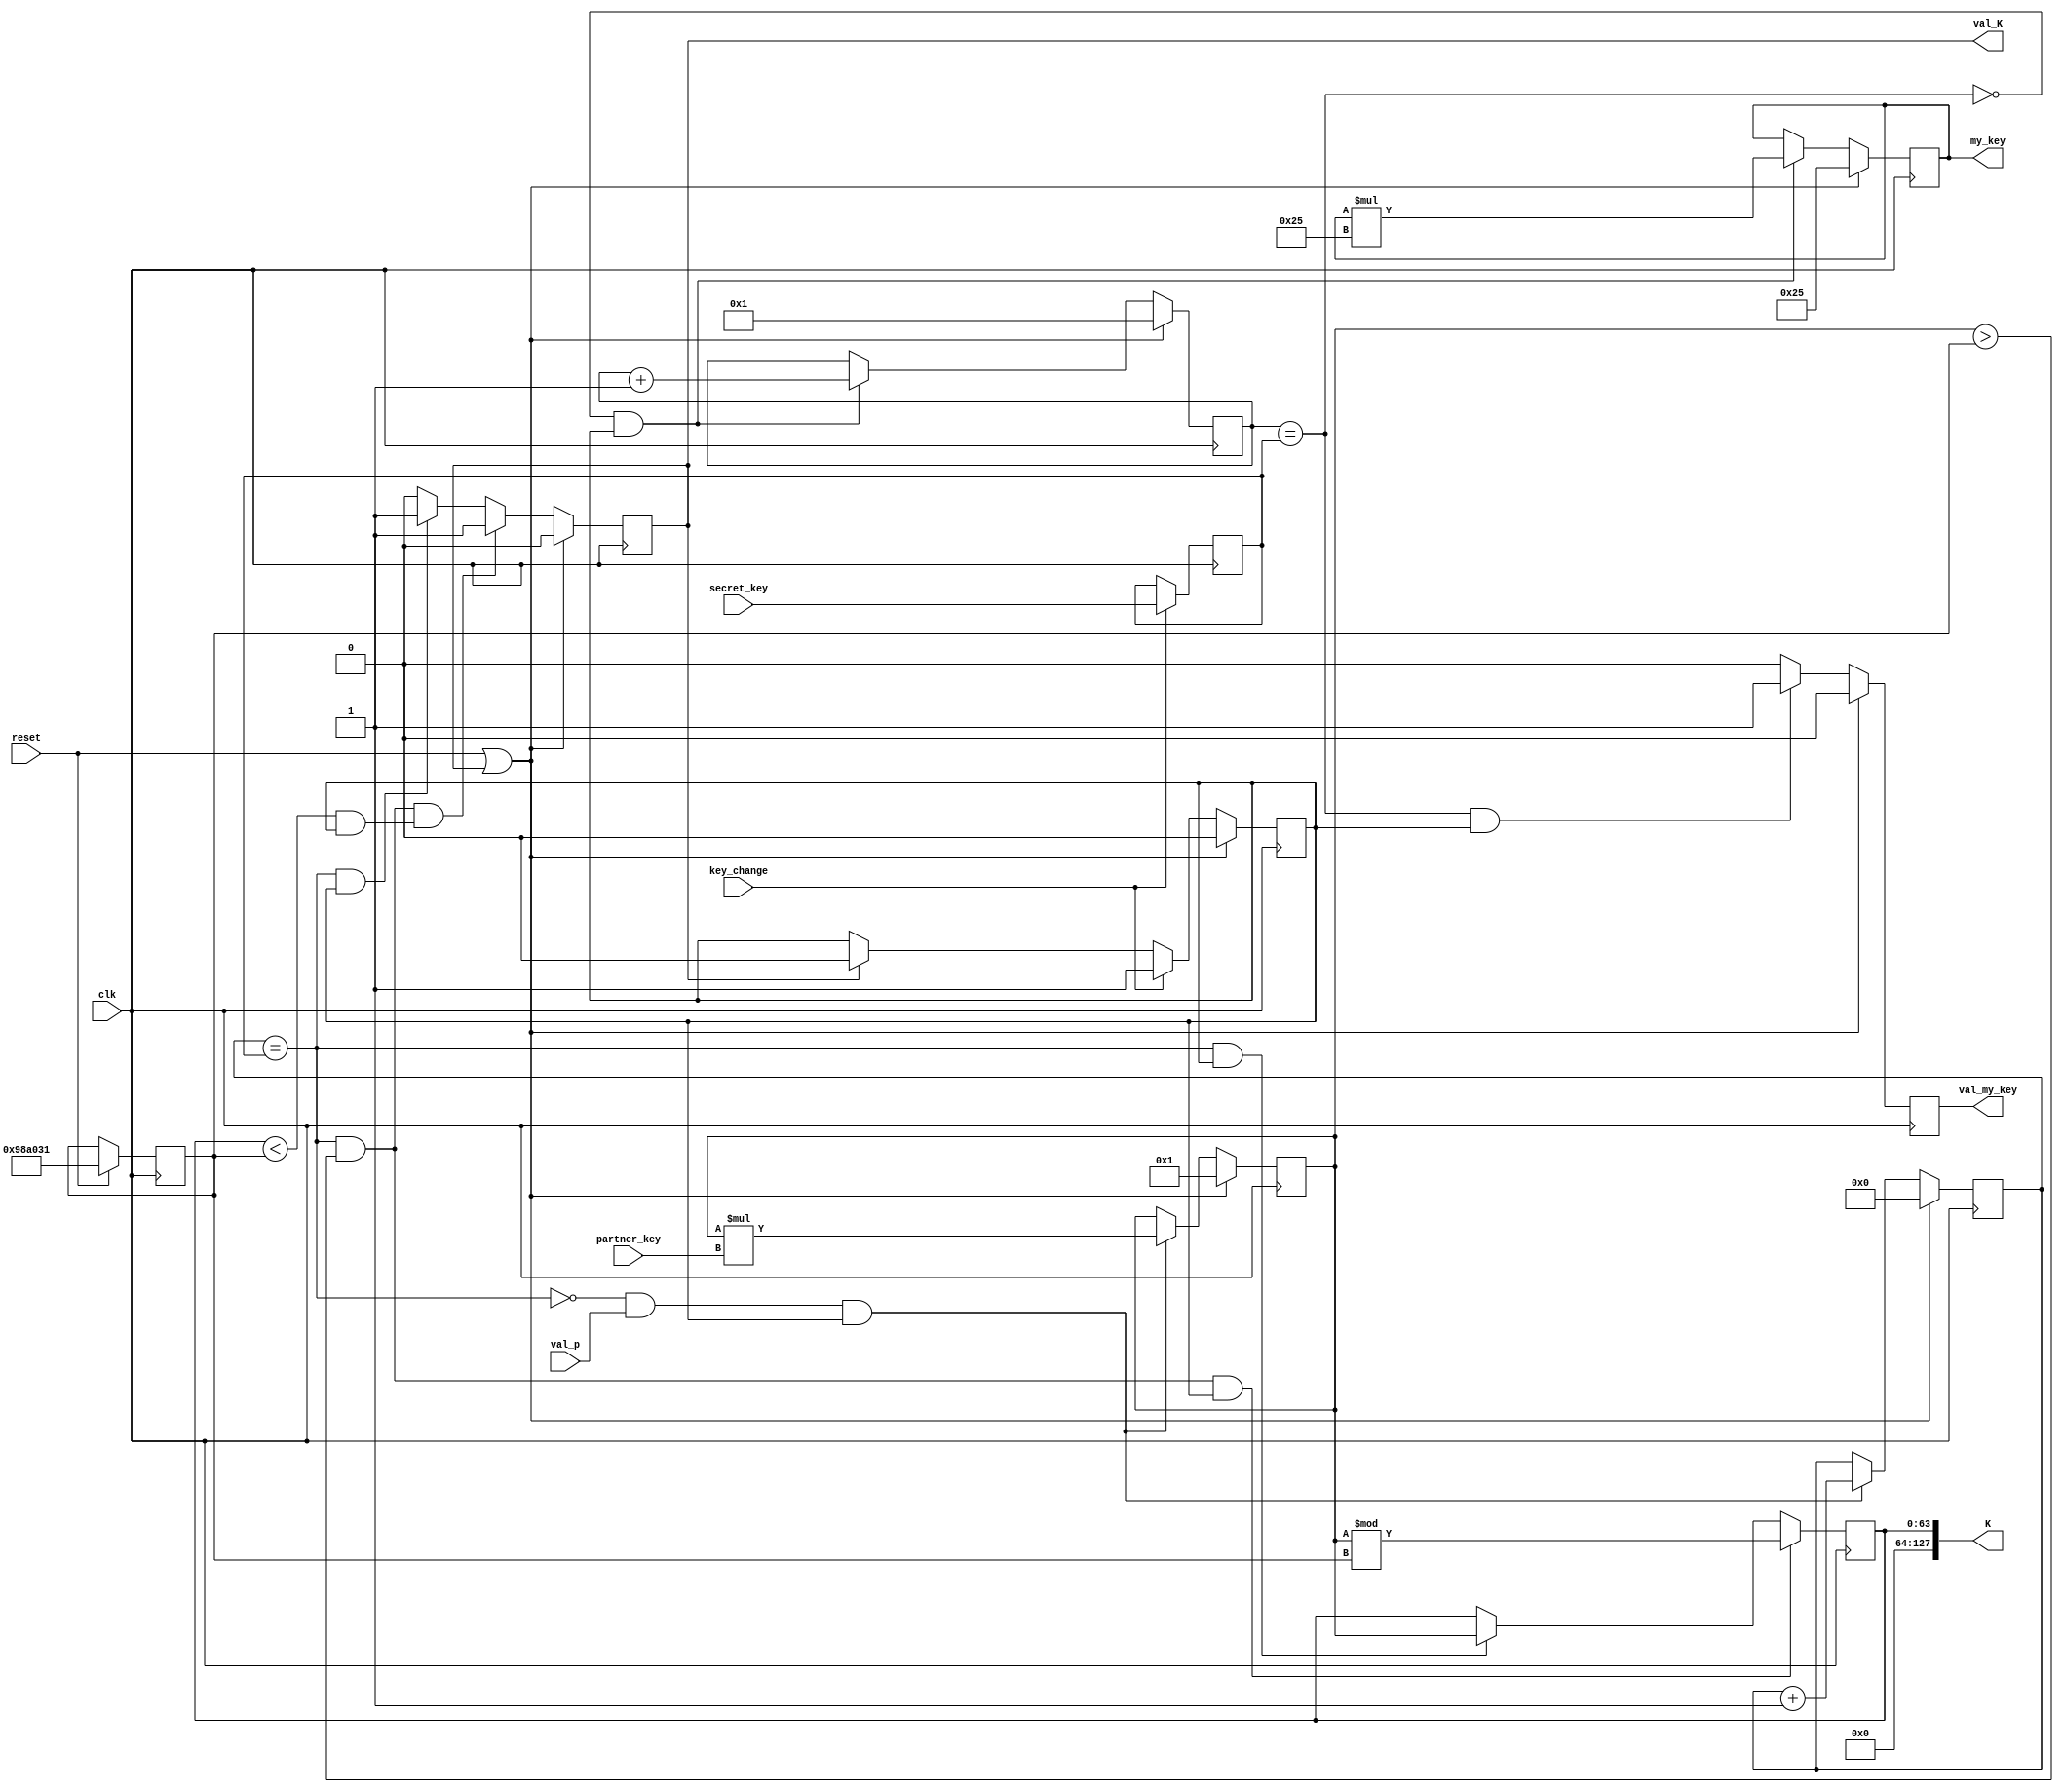
`timescale 10ns/1ns
module diffi_helman(
	
	input wire clk,
	input wire key_change,
 	input wire reset,
	input wire [3:0]   secret_key,

	input wire [63:0] partner_key,
	input wire val_p,
	
	output wire [63:0] my_key,
	output wire val_my_key,

	output wire [127:0] K,
	output wire val_K
	
);

reg [3:0] count1;
reg [3:0] count2;
reg [63:0] g;
reg [63:0] p;
reg val_my_key_reg;
reg val_K_reg;
reg [63:0] K_reg;
reg [63:0] K_reg1;
reg [63:0] div2;
reg work;
reg [3:0] secret_key_reg;

assign K = {{64{1'b0}}, K_reg1};
assign val_K = val_K_reg;
assign my_key = g;
assign val_my_key = val_my_key_reg;

always @(posedge clk)
	secret_key_reg <= key_change ? secret_key : secret_key_reg;

always @(posedge clk)
	if (reset || val_K) 
		work <= 1'b0;
	else if (key_change)
		work <= 1;
	else if (val_K)
		work <= 1'b0;

always @(posedge clk)
	if (reset || val_K)
	  g <= 64'd37;
	else if (~(count1 == secret_key_reg ) & work)
     g <= g * 64'd37;
			
always @(posedge clk)
	if (reset || val_K)
		count1 <= 4'b1;
	else if (~(count1 == secret_key_reg) & work)
		count1 <= count1 + 1'b1;
	
always @(posedge clk)
	if (reset)
		p <= 64'b100110001010000000110001;
		
always @(posedge clk)
	if (reset || val_K)
		val_my_key_reg <= 1'b0;
	else if ((count1 == secret_key_reg) & work)
		val_my_key_reg <= 1'b1;
	else 
		val_my_key_reg <= 1'b0;
		
always @(posedge clk)
	if (reset || val_K)
		count2 <= 4'b0;
	else if (~(count2 == secret_key_reg) & (val_p) & work)
		count2 <= count2 + 1'b1;
			
always @(posedge clk)
	if (reset || val_K)
		K_reg <= 64'b1;
	else if (~(count2 == secret_key_reg) & (val_p) & work)
		K_reg <= K_reg * partner_key;
	
always @(posedge clk)
	if (reset || val_K)
		val_K_reg <= 1'b0;
	else if ((count2 == secret_key_reg) && (K_reg > p) && (K_reg1 < p) & work)
		val_K_reg <= 1'b1;
	else if ((count2 == secret_key_reg) & work)
		val_K_reg <= 1'b1;
	else 
		val_K_reg <= 1'b0;
		
always @(posedge clk)
 	if ((count2 == secret_key_reg) && (K_reg > p) && work)
		K_reg1 <= K_reg % p;
	else if (count2 == secret_key_reg && work)
		K_reg1 <= K_reg;
		
endmodule